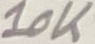
Text: 10K